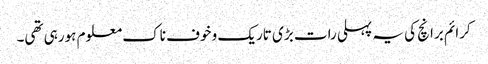
کرائم برانچ کی یہ پہلی رات بڑی تاریک و خوف ناک معلوم ہورہی تھی۔